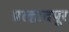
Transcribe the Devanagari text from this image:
प्रल्हादपूर